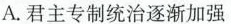
A.君主专制统治逐渐加强